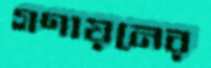
গণায়নের